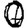
Digit: 0